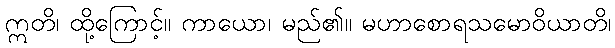
ဣတိ၊ ထို့ကြောင့်။ ကာယော၊ မည်၏။ မဟာစောရသမောဝိယာတိ၊